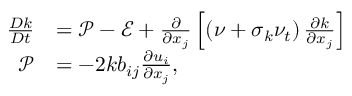
\begin{array} { r l } { \frac { D k } { D t } } & { = \mathcal { P } - \mathcal { E } + \frac { \partial } { \partial x _ { j } } \left[ \left( \nu + \sigma _ { k } \nu _ { t } \right) \frac { \partial k } { \partial x _ { j } } \right] } \\ { \mathcal { P } } & { = { - 2 k } b _ { i j } \frac { \partial u _ { i } } { \partial x _ { j } } \mathrm { , } } \end{array}